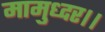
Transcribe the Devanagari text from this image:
मामुध्दर।।